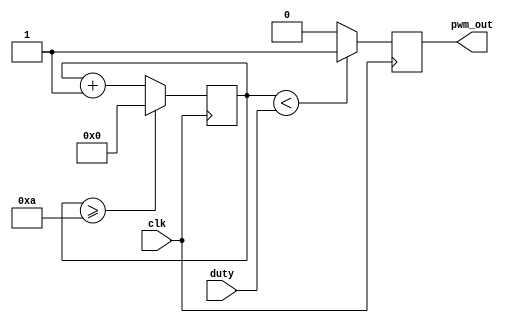
`timescale 1ns / 1ps
//////////////////////////////////////////////////////////////////////////////////
// Company: 
// Engineer: 
// 
// Design Name: 
// Module Name:    PWM10 
// Project Name: 
// Target Devices: 
// Tool versions: 
// Description: 
//
// Dependencies: 
//
// Revision: 
// Revision 0.01 - File Created
// Additional Comments: 
//
//////////////////////////////////////////////////////////////////////////////////
module PWM10(
    input clk,
    input [3:0] duty,
    output pwm_out
    );
	 
	 // pwm to output
	 reg [4:0] cycle; // 65535
	 
	 reg pwm;
	 assign pwm_out = pwm;
	 initial begin
		cycle = 0;
		pwm = 0;
	 end
	 
	 parameter CYCLE_SIZE = 10; // tune this to fit exact
	 
	 // PWM signal 
	 always @(posedge clk) begin
	   // cycle incrementer
		cycle <= (cycle >= CYCLE_SIZE) ? 0 : cycle+1;
		
		// assign pwm based on percentage (duty cycle) of the cycle size
		// for advanced
		pwm <= (cycle < duty) ? 1 : 0;
		// ^^ Complex expression
	 end

endmodule